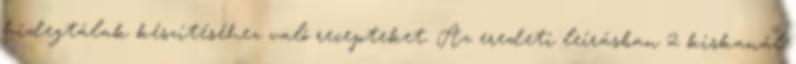
hidegtálak készítéséhez való recepteket. Az eredeti leírásban 2 kiskanál